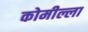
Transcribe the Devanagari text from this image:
कोमील्ला